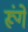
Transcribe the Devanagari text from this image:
रूंगे